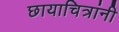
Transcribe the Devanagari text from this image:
छायाचित्रांनी